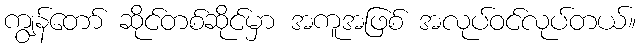
ကျွန်တော် ဆိုင်တစ်ဆိုင်မှာ အကူအဖြစ် အလုပ်ဝင်လုပ်တယ်။